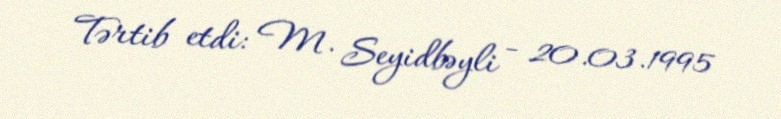
Tərtib etdi: M. Seyidbəyli - 20.03.1995